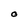
Character: O